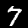
Digit: 7